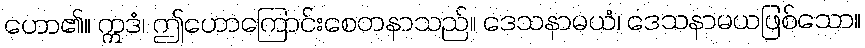
ဟော၏။ ဣဒံ၊ ဤဟောကြောင်းစေတနာသည်။ ဒေသနာမယံ၊ ဒေသနာမယဖြစ်သော။